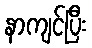
နာကျင်ပြီး